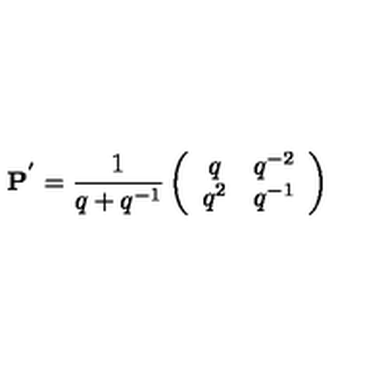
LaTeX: { \bf P } ^ { ' } = \frac { 1 } { q + q ^ { - 1 } } \left( \begin{array} { c c } { q } & { q ^ { - 2 } } \\ { q ^ { 2 } } & { q ^ { - 1 } } \\ \end{array} \right)